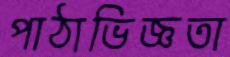
পাঠাভিজ্ঞতা